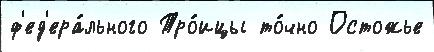
ф'ед'ера́льного Тро́ицы то́чно Остожье